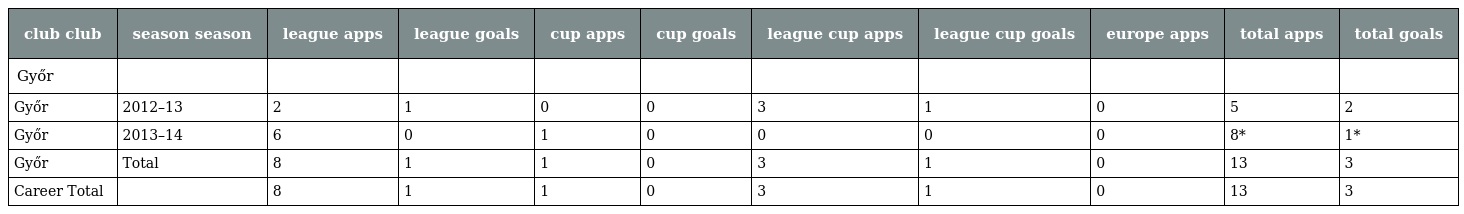
| club club | season season | league apps | league goals | cup apps | cup goals | league cup apps | league cup goals | europe apps | total apps | total goals |
 | --- | --- | --- | --- | --- | --- | --- | --- | --- | --- | --- |
 | Győr |  |  |  |  |  |  |  |  |  |  |
 | Győr | 2012–13 | 2 | 1 | 0 | 0 | 3 | 1 | 0 | 5 | 2 |
 | Győr | 2013–14 | 6 | 0 | 1 | 0 | 0 | 0 | 0 | 8* | 1* |
 | Győr | Total | 8 | 1 | 1 | 0 | 3 | 1 | 0 | 13 | 3 |
 | Career Total |  | 8 | 1 | 1 | 0 | 3 | 1 | 0 | 13 | 3 |